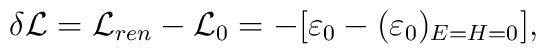
\delta {\cal L} = {\cal L}_{ren} - {\cal L}_0 = - [ \varepsilon_0 - (\varepsilon_0)_{E = H = 0} ],